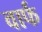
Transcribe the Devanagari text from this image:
वार्फ